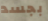
بجسد